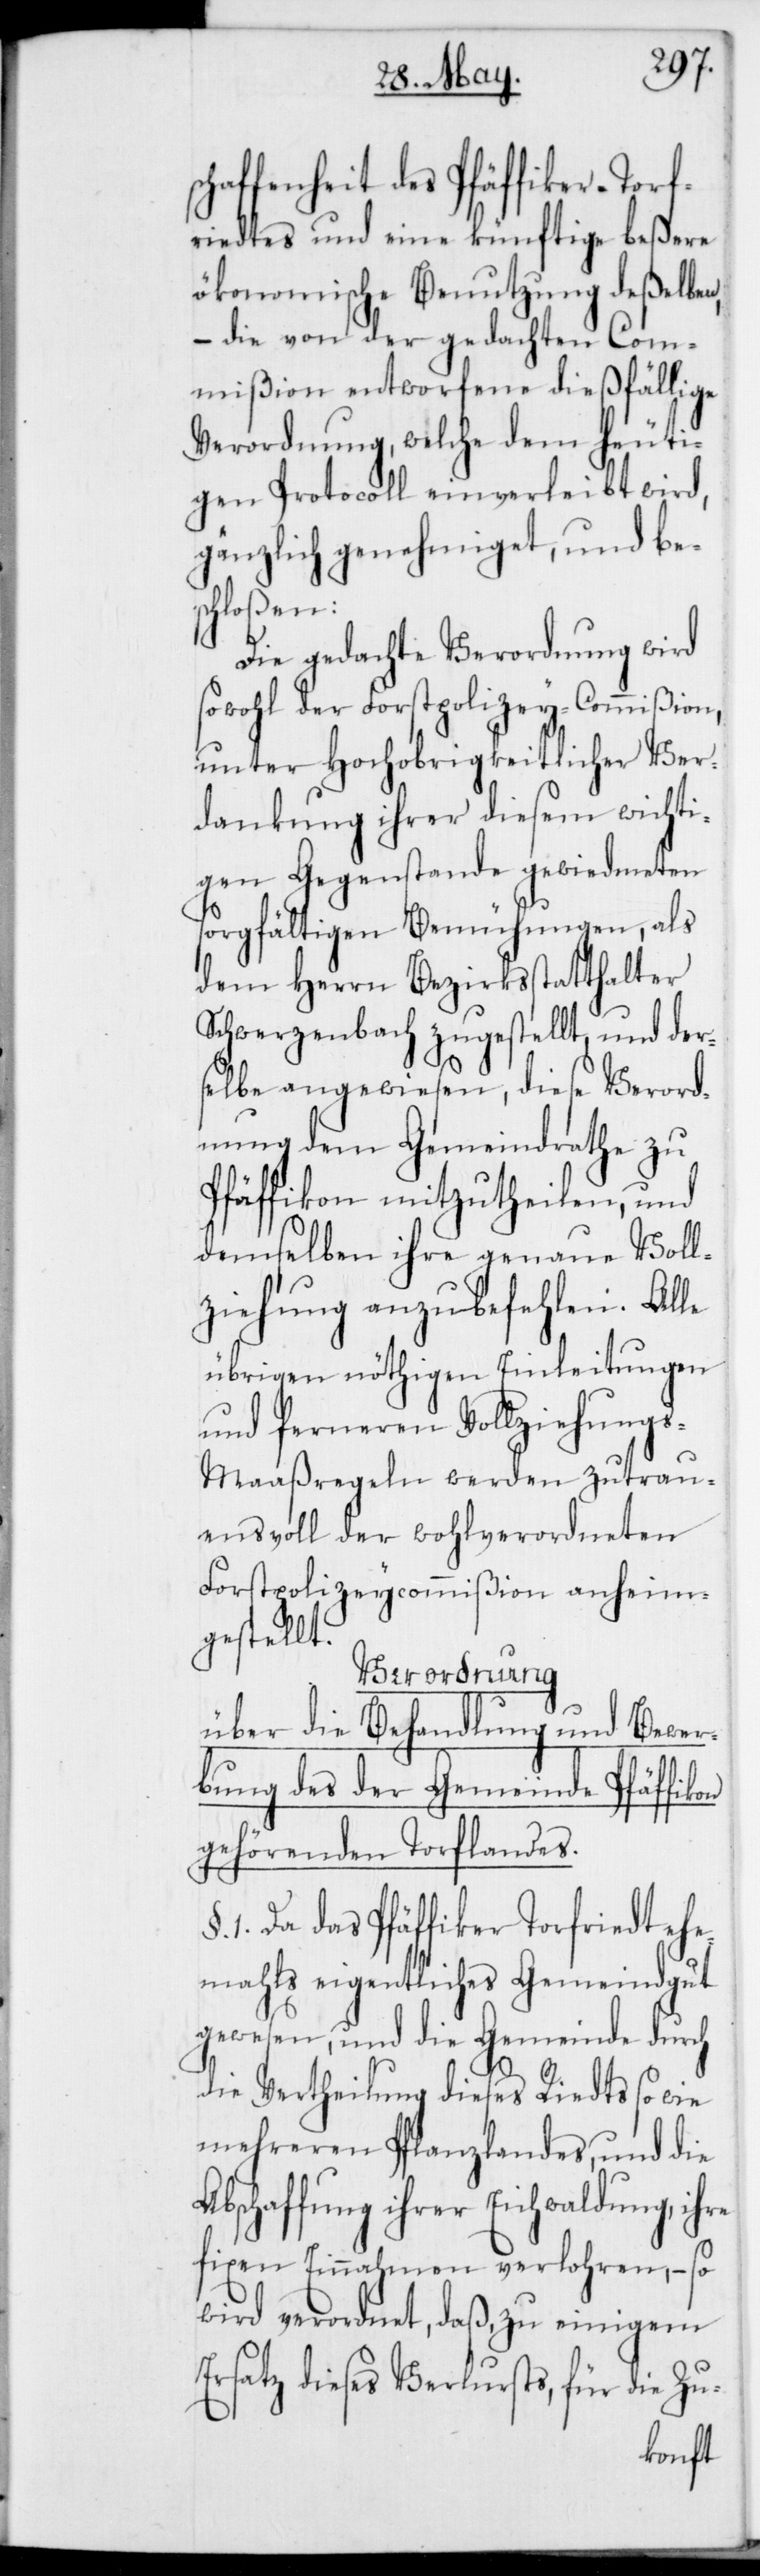
schaffenheit des Pfäffiker-Torf¬
riedtes und eine künftige beßere
ökonomische Benutzung deßelben,
– die von der gedachten Com¬
mißion entworfene dießfällige
Verordnung, welche dem heuti¬
gen Protocoll einverleibt wird,
gänzlich genehmiget, und be¬
schloßen:
Die gedachte Verordnung wird
sowohl der Forstpolizey-Commißion,
unter Hochobrigkeitlicher Ver¬
dankung ihrer diesem wichti¬
gen Gegenstande gewiedmeten
sorgfältigen Bemühungen, als
dem Herrn Bezirksstatthalter
Schwerzenbach zugestellt, und der¬
selbe angewiesen, diese Verord¬
nung dem Gemeindrathe zu
Pfäffikon mitzutheilen, und
demselben ihre genaue Voll¬
ziehung anzubefehlen. Alle
übrigen nöthigen Einleitungen
und ferneren Vollziehung¬
s-Maaßregeln werden zutrau¬
ensvoll der wohlverordneten
Forstpolizeycommißion anheim¬
gestellt.
Verordnung
über die Behandlung und Bewer¬
bung des der Gemeinde Pfäffikon
gehörenden Torflandes.
1. Da das Pfäffiker Torfriedt ehe¬
mahls eigentliches Gemeindgut
gewesen, und die Gemeinde durch
die Vertheilung dieses Riedts so wie
mehreren Pflanzlandes, und die
Abschaffung ihrer Eichwaldung, ihre
fixen Einnahmen verlohren, – so
wird verordnet, daß, zu einigem
Ersatz dieses Verlusts, für die Zu-